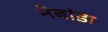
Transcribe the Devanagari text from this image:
नेबांडा